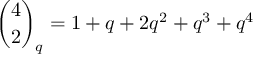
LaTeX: { \binom { 4 } { 2 } } _ { q } = 1 + q + 2 q ^ { 2 } + q ^ { 3 } + q ^ { 4 }